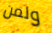
ولمن